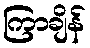
ကြာချိန်